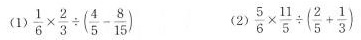
(1)$$\frac { 1 } { 6 } \times \frac { 2 } { 3 } \div ( \frac { 4 } { 5 } - \frac { 8 } { 1 5 } )$$ (2)$$\frac { 5 } { 6 } \times \frac { 1 1 } { 5 } \div ( \frac { 2 } { 5 } + \frac { 1 } { 3 } )$$